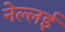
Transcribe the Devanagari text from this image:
नेल्लई